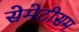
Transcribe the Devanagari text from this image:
सेमेटीसम